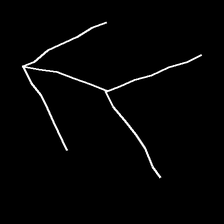
Glyph: gather